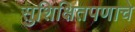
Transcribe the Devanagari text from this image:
सुशिक्षितपणाचे